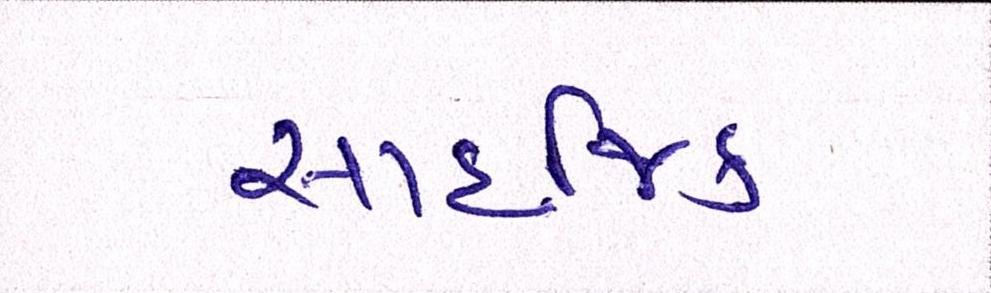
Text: સાહજિક